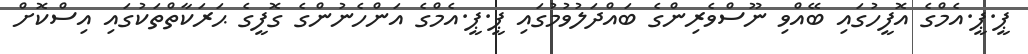
ޕީ.ޕީ.އެމްގެ އޮފީހުގައި ބޭއްވި ނޫސްވެރިންގެ ބައްދަލުވުމުގައި ޕީ.ޕީ.އެމްގެ އަންހެނުންގެ ގޮފީގެ ޙަރަކާތްތަކުގައި އިސްކޮށް